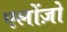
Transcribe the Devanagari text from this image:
एलोंज़ो